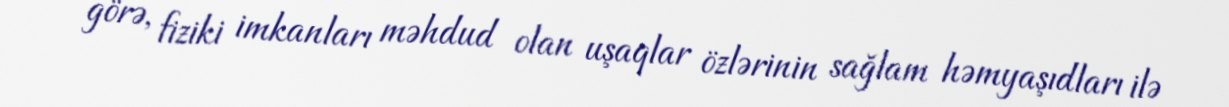
görə, fiziki imkanları məhdud olan uşaqlar özlərinin sağlam həmyaşıdları ilə